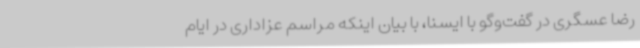
رضا عسگری در گفت‌وگو با ایسنا، با بیان اینکه مراسم عزاداری در ایام